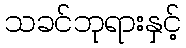
သခင်ဘုရားနှင့်